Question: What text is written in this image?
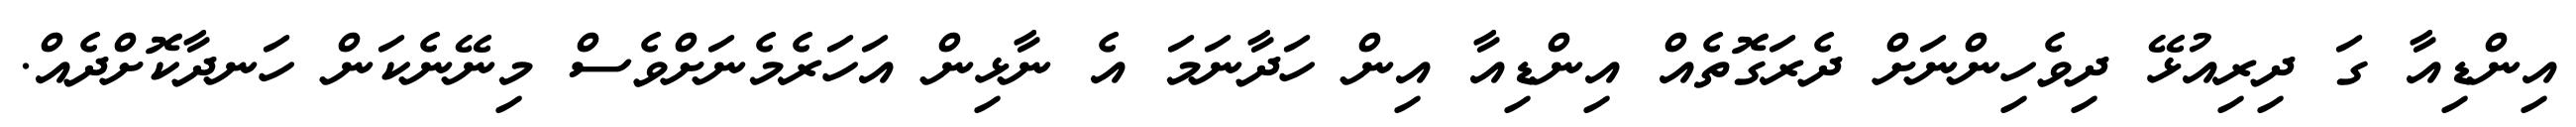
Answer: އިންޑިއާ ގަ ދިރިއުޅޭ ދިވެހިންނަށް ދެރަގޮތެއް އިންޑިއާ އިން ހަދާނަމަ އެ ނާޅިން އަހަރެމެނަށްވެސް މިނޭނެކަން ހަނދާކޮށްދެއް.